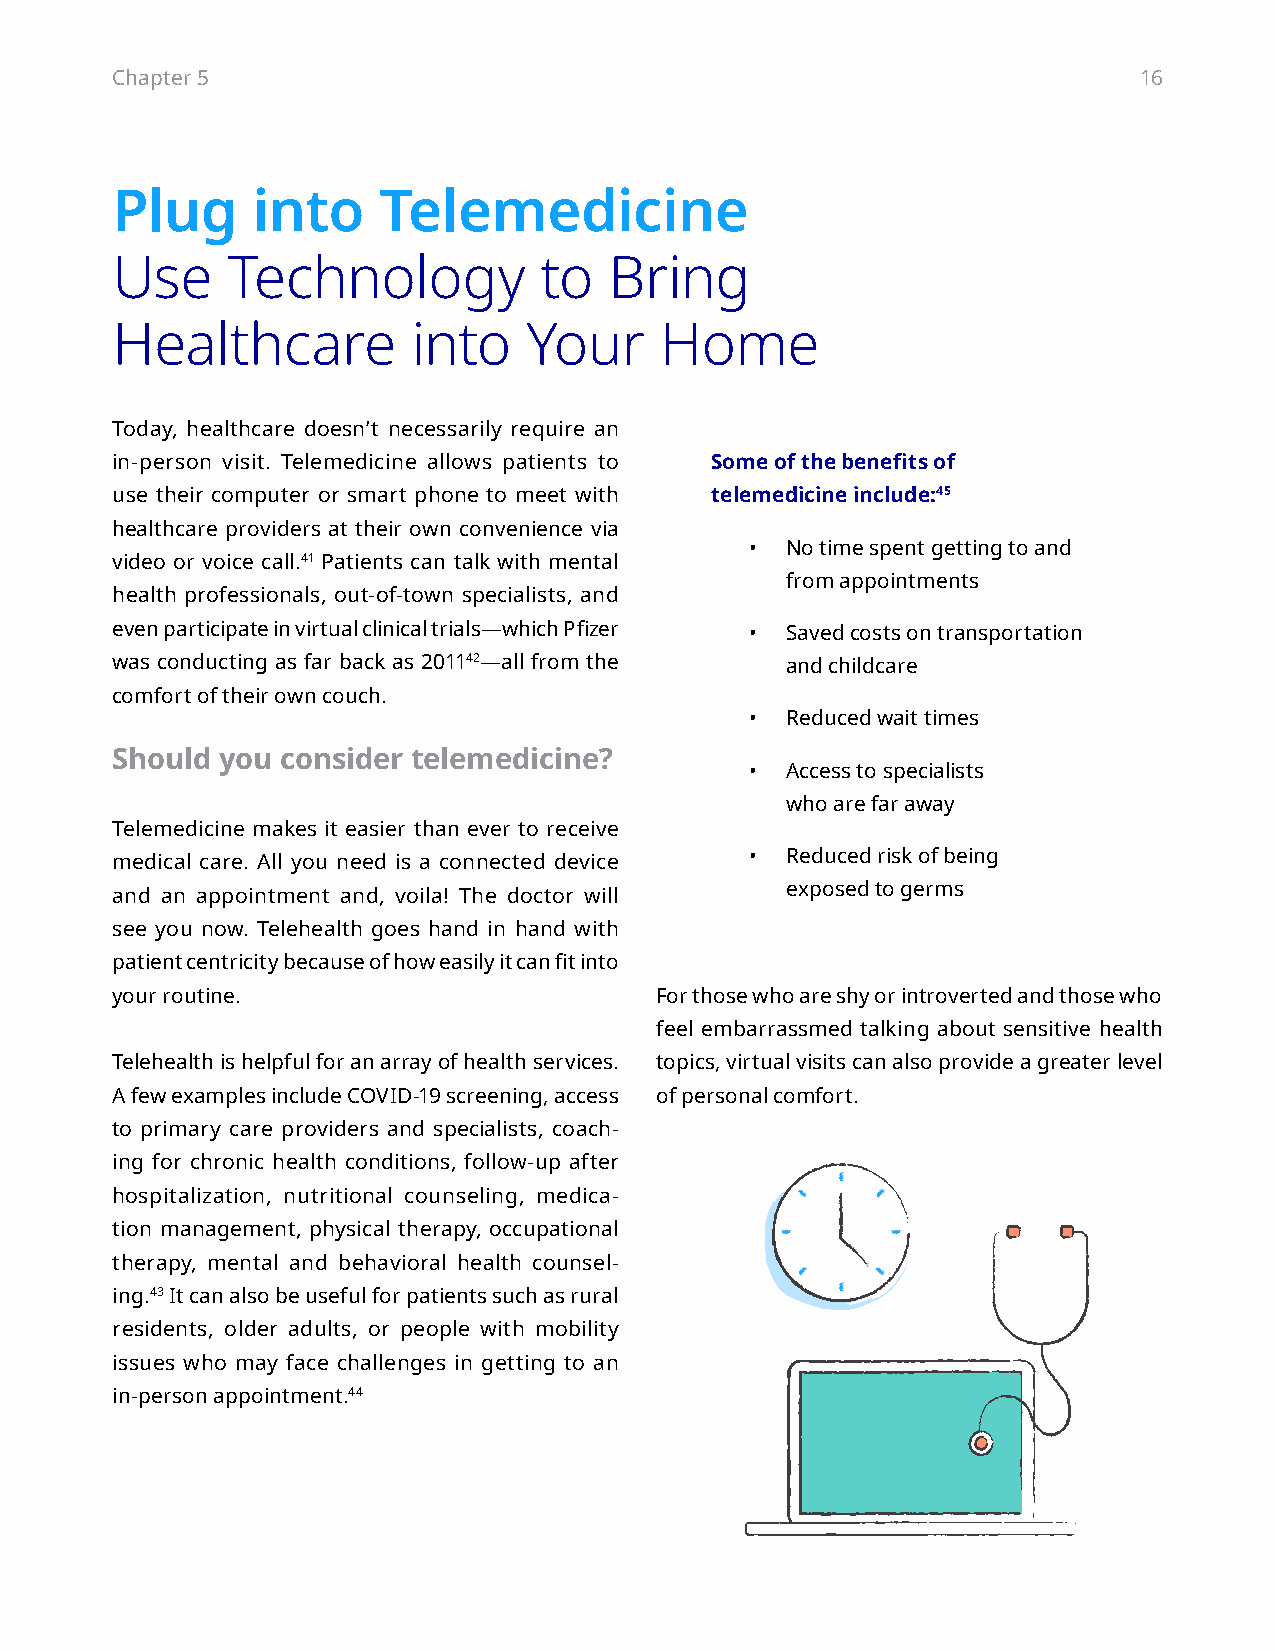
Chapter 5                                                           16
 Plug      into    Telemedicine
 Use     Technology           to  Bring
 Healthcare          into    Your     Home
 Today, healthcare doesn’t necessarily require an
 in-person visit. Telemedicine allows patients to Some of the benefits of
 use their computer or smart phone to meet with telemedicine include:45
 healthcare providers at their own convenience via
 • No time spent getting to and
 video or voice call.41 Patients can talk with mental
 from appointments
 health professionals, out-of-town specialists, and
 even participate in virtual clinical trials—which Pfizer • Saved costs on transportation
 was conducting as far back as 201142—all from the and childcare
 comfort of their own couch.
 • Reduced wait times
 Should  you consider telemedicine?
 • Access to specialists
 who are far away
 Telemedicine makes it easier than ever to receive
 medical care. All you need is a connected device • Reduced risk of being
 and an appointment and, voila! The doctor will exposed to germs
 see you now. Telehealth goes hand in hand with
 patient centricity because of how easily it can fit into
 your routine.                       For those who are shy or introverted and those who
 feel embarrassmed talking about sensitive health
 Telehealth is helpful for an array of health services. topics, virtual visits can also provide a greater level
 A few examples include COVID-19 screening, access of personal comfort.
 to primary care providers and specialists, coach-
 ing for chronic health conditions, follow-up after
 hospitalization, nutritional counseling, medica-
 tion management, physical therapy, occupational
 therapy, mental and behavioral health counsel-
 ing.43 It can also be useful for patients such as rural
 residents, older adults, or people with mobility
 issues who may face challenges in getting to an
 in-person appointment.44